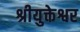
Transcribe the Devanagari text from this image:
श्रीयुक्तेश्वर